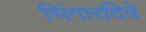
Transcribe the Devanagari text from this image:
भिंगारदिवे